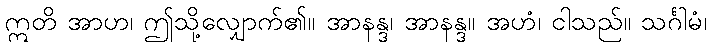
ဣတိ အာဟ၊ ဤသို့လျှောက်၏။ အာနန္ဒ၊ အာနန္ဒ။ အဟံ၊ ငါသည်။ သင်္ဂါမံ၊